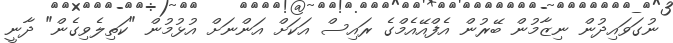
ނުގަވައިދުން ނިޒާމުން ބޭރުން އެފްއޭއެމްގެ ރައިސް އަކަށް އަންނަށް އުޅުމުން "ކަތިލެވިގެން" ދާނީ